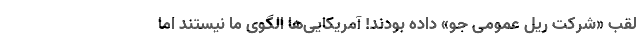
لقب «شرکت ریل عمومی جو» داده بودند! آمریکایی‌ها الگوی ما نیستند اما